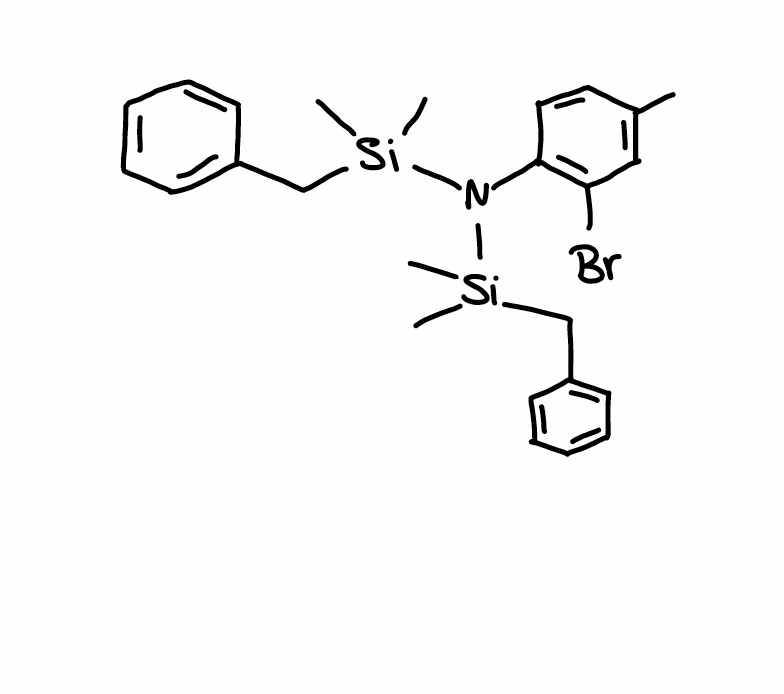
Simplified molecular-input line-entry system (SMILES) notation of the given molecule:
CC1=CC(=C(C=C1)N([Si](C)(C)CC2=CC=CC=C2)[Si](C)(C)CC3=CC=CC=C3)Br